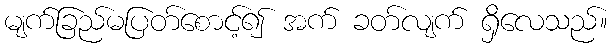
မျက်ခြည်မပြတ်စောင့်၍ အက် ခတ်လျက် ရှိလေသည်။